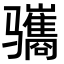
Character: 𫘱